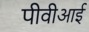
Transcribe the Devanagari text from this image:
पीवीआई